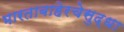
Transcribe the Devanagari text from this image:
भारताबाहेरचेसुद्धा